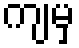
ကျမှ